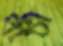
পাঁঠী